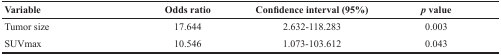
<table><thead><tr><td><b>Variable</b></td><td><b>Odds ratio</b></td><td><b>Confidence interval (95%)</b></td><td><b><i>p</i> value</b></td></tr></thead><tbody><tr><td>Tumor size</td><td>17.644</td><td>2.632-118.283</td><td>0.003</td></tr><tr><td>SUVmax</td><td>10.546</td><td>1.073-103.612</td><td>0.043</td></tr></tbody></table>